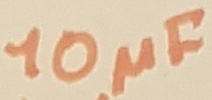
Text: 10µF